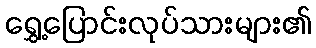
ရွှေ့ပြောင်းလုပ်သားများ၏